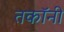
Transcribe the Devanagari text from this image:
तकॉनी